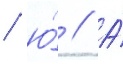
/ ю́ // А́